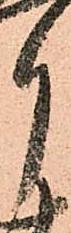
月